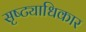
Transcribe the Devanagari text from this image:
सृष्ट्याधिकार